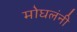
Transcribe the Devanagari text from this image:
मोघलंनी